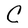
Character: C